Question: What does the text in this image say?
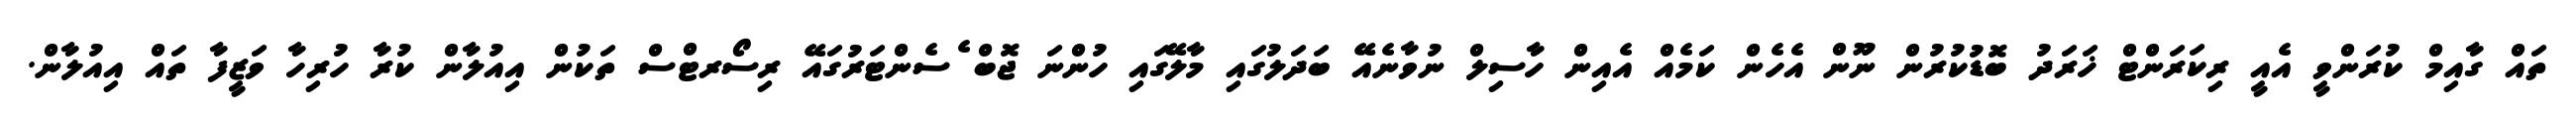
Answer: ތައް ގާއިމް ކުރަންވީ އެއީ ރިކަރަންޓް ޚަރަދު ބޮޑުކުރުން ނޫން އެހެން ކަމެއް އެއިން ހާސިލް ނުވާނެއޭ ބަދަލުގައި މާލޭގައި ހުންނަ ޖޮބް ެސެންޓަރުގައޭ ރިސޯރޓްސް ތަކުން އިއުލާން ކުރާ ހުރިހާ ވަޒީފާ ތައް އިއުލާން.